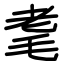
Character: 耄